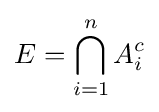
E=\bigcap _{i=1}^{n}A_{i}^{c}